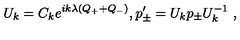
U _ { k } = C _ { k } e ^ { i k \lambda ( Q _ { + } + Q _ { - } ) } , p _ { \pm } ^ { \prime } = U _ { k } p _ { \pm } U _ { k } ^ { - 1 } \ ,